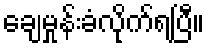
ချေမှုန်းခံလိုက်ရပြီ။